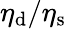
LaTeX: \eta_{\mathrm{d}}/\eta_{\mathrm{s}}